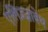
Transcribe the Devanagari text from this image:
एलिज़्ज़ाबेथ